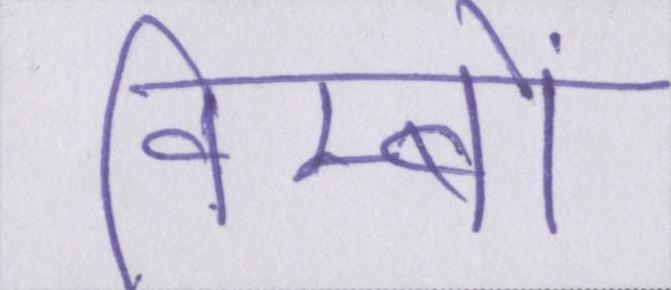
विम्बों